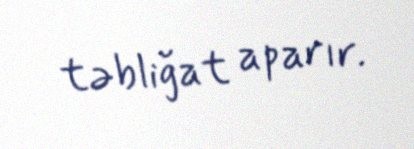
təbliğat aparır.